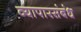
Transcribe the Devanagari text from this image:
व्यापारसंबंध